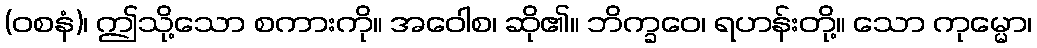
(ဝစနံ)၊ ဤသို့သော စကားကို။ အဝေါစ၊ ဆို၏။ ဘိက္ခဝေ၊ ရဟန်းတို့။ သော ကုမ္မော၊